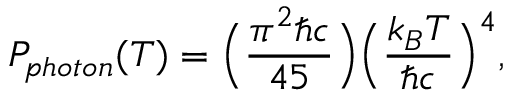
P _ { p h o t o n } ( T ) = \Big ( { \frac { \pi ^ { 2 } \hbar c } { 4 5 } } \Big ) \Big ( { \frac { k _ { B } T } { \hbar c } } \Big ) ^ { 4 } ,